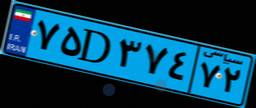
۸۱D۸۷۵۳۳